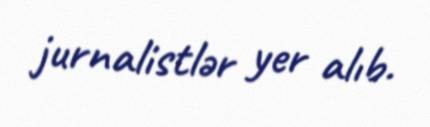
jurnalistlər yer alıb.